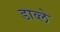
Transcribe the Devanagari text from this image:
डाव्ले